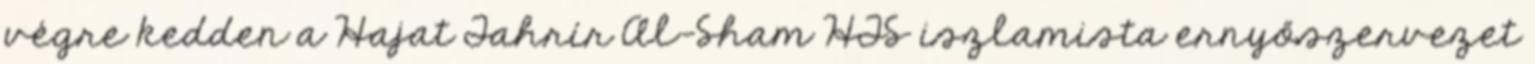
végre kedden a Hajat Tahrír Al-Sham HTS iszlamista ernyőszervezet